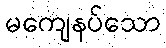
မကျေနပ်သော